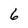
Character: 6